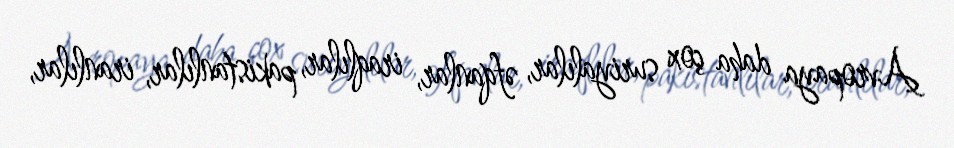
Avropaya daha çox suriyalılar, əfqanlar, iraqlılar, pakistanlılar, iranlılar,